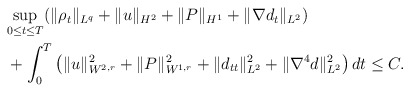
\begin{align*}\begin{aligned}&\underset{0 \le t \le T}{\sup}(\|\rho_t\|_{L^q}+\|u\|_{H^2}+\|P\|_{H^1}+\|\nabla d_t\|_{L^2})\\&+\int_0^T \left(\|u\|_{W^{2,r}}^2+\|P\|_{W^{1,r}}^2+\|d_{tt}\|_{L^2}^2+\|\nabla^4 d\|_{L^2}^2\right)dt\le C.\end{aligned}\end{align*}